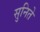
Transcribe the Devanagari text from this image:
सुनिते